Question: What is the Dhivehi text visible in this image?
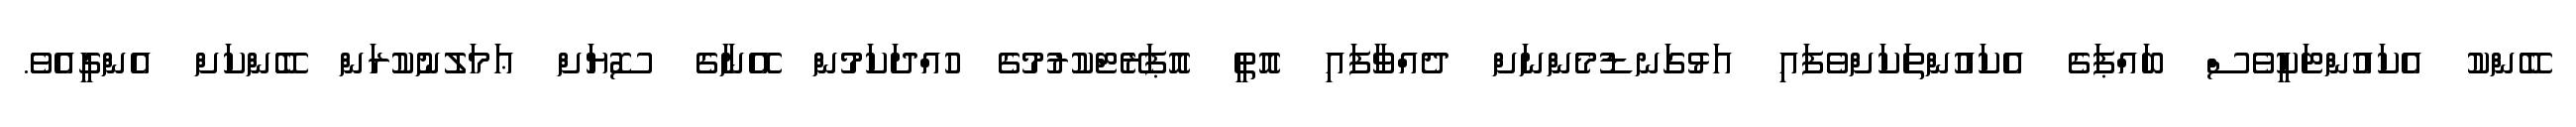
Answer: ބޭންކު އެކައުންޓަކީވެސް ބައްޕަގެ އެކައުންތަކަށްވެފައި އަޅުގަނޑުމެންނަށް ދެއްވާފައި އޮތީ އޮޕަރޭޓްކުރުމުގެ ހުއްދަކަމުން އޭނާގެ ސޮޔަށް ޢަމަލުނުކުރަން ބޭންކަށް އެންގީއެވެ.